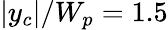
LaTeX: |y_{c}|/W_{p}=1.5